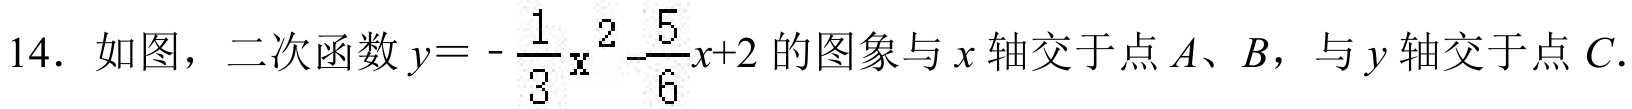
14. 如图，二次函数\(y = -\frac{1}{3}x^{2}-\frac{5}{6}x + 2\)的图象与\(x\)轴交于点\(A、B\)，与\(y\)轴交于点\(C\).